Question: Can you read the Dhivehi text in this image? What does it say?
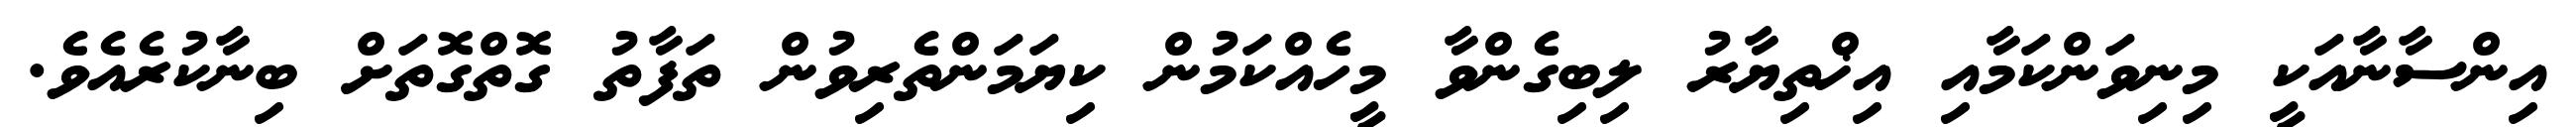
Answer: އިންސާނާއަކީ މިނިވަންކަމާއި އިޚްތިޔާރު ލިބިގެންވާ މީހެއްކަމުން ކިޔަމަންތެރިވުން ތަފާތު ގޮތްގޮތަށް ބިނާކުރެއެވެ.